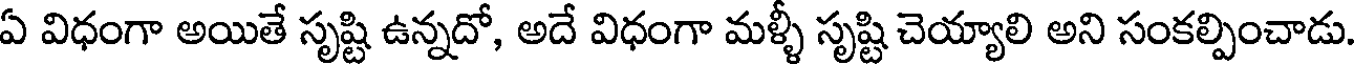
ఏ విధంగా అయితే సృష్టి ఉన్నదో, అదే విధంగా మళ్ళీ సృష్టి చెయ్యాలి అని సంకల్పించాడు.